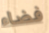
فضاء